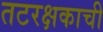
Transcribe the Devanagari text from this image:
तटरक्षकाची